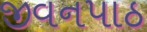
જીવનપાઠ